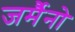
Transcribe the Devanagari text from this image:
जर्मैनो